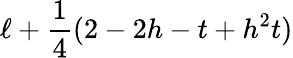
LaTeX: \ell+\frac{1}{4}(2-2h-t+h^{2}t)